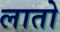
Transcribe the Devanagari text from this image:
लातो